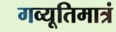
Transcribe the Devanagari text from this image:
गव्यूतिमात्रं